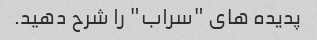
پدیده های "سراب" را شرح دهید.